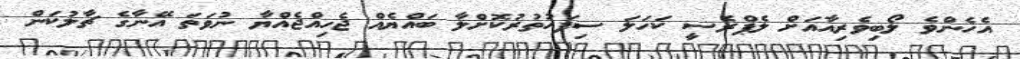
އެހެންވެ ލޯބިވެރިއާއަށް ލެޕްރެސީ ކަހަލަ ސިފަހުތުރުކޮށްލާ ބައްޔެއް ޖެހިއްޖެއްޔާ ނުވަތަ އޭނާގެ ޗާލުކަން